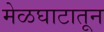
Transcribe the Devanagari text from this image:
मेळघाटातून